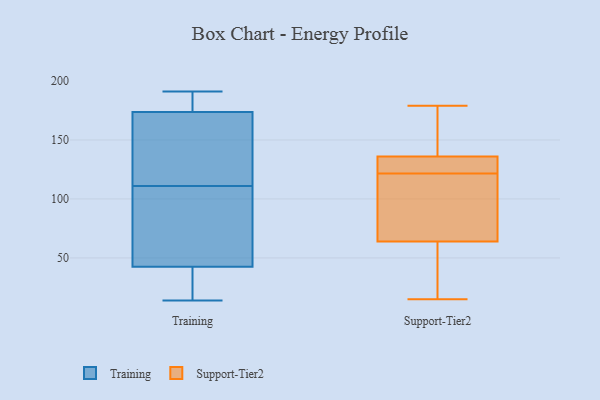
{"axis": {"x": "Bounce Rate (%)", "y": "Value"}, "legend": ["Support-Tier2", "Training"], "data": [{"x": "", "y": 14, "type": "Training"}, {"x": "", "y": 20, "type": "Training"}, {"x": "", "y": 190, "type": "Training"}, {"x": "", "y": 97, "type": "Training"}, {"x": "", "y": 149, "type": "Training"}, {"x": "", "y": 111, "type": "Training"}, {"x": "", "y": 89, "type": "Training"}, {"x": "", "y": 170, "type": "Training"}, {"x": "", "y": 27, "type": "Training"}, {"x": "", "y": 175, "type": "Training"}, {"x": "", "y": 191, "type": "Training"}, {"x": "", "y": 127, "type": "Support-Tier2"}, {"x": "", "y": 134, "type": "Support-Tier2"}, {"x": "", "y": 149, "type": "Support-Tier2"}, {"x": "", "y": 45, "type": "Support-Tier2"}, {"x": "", "y": 15, "type": "Support-Tier2"}, {"x": "", "y": 141, "type": "Support-Tier2"}, {"x": "", "y": 78, "type": "Support-Tier2"}, {"x": "", "y": 104, "type": "Support-Tier2"}, {"x": "", "y": 61, "type": "Support-Tier2"}, {"x": "", "y": 64, "type": "Support-Tier2"}, {"x": "", "y": 179, "type": "Support-Tier2"}, {"x": "", "y": 116, "type": "Support-Tier2"}, {"x": "", "y": 136, "type": "Support-Tier2"}, {"x": "", "y": 30, "type": "Support-Tier2"}, {"x": "", "y": 106, "type": "Support-Tier2"}, {"x": "", "y": 129, "type": "Support-Tier2"}, {"x": "", "y": 163, "type": "Support-Tier2"}, {"x": "", "y": 127, "type": "Support-Tier2"}]}